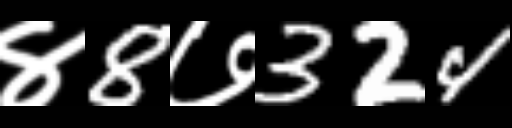
Text: ४8७324